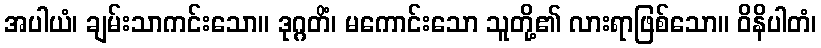
အပါယံ၊ ချမ်းသာကင်းသော။ ဒုဂ္ဂတိံ၊ မကောင်းသော သူတို့၏ လားရာဖြစ်သော။ ဝိနိပါတံ၊